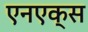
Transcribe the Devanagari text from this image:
एनएक्स